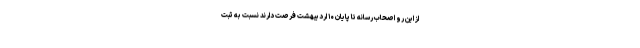
از این رو اصحاب رسانه تا پایان ۱۰ اردیبهشت فرصت دارند نسبت به ثبت